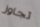
تجاوز